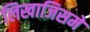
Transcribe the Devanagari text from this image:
लिखाजिसमें